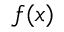
f ( x )